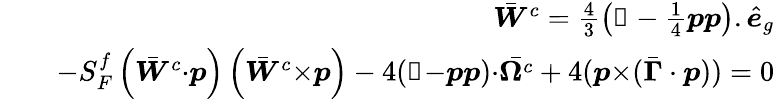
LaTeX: \begin{array}{rlr}&{}&{\bar{\boldsymbol{W}}^{c}=\frac{4}{3}\left(\mathbb{1}-\frac{1}{4}\boldsymbol{p}\boldsymbol{p}\right).\hat{\boldsymbol{e}}_{g}}\\ &{}&{-S_{F}^{f}\left(\bar{\boldsymbol{W}}^{c}{\cdot}\boldsymbol{p}\right)\left(\bar{\boldsymbol{W}}^{c}{\times}\boldsymbol{p}\right)-4(\mathbb{1}{-}\boldsymbol{p}\boldsymbol{p}){\cdot}\bar{\boldsymbol{\Omega}^{\textit{c}}}+4(\boldsymbol{p}{\times}(\bar{\boldsymbol{\Gamma}}\cdot\boldsymbol{p}))=0}\end{array}